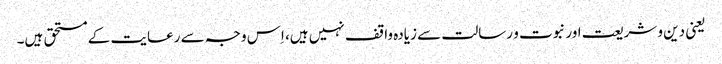
یعنی دین و شریعت اور نبوت و رسالت سے زیادہ واقف نہیں ہیں، اِس وجہ سے رعایت کے مستحق ہیں۔